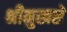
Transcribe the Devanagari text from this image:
श्रीमुखसे